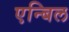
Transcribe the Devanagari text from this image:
एन्बिल